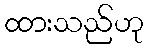
ထားသည်ဟု